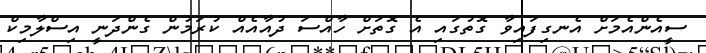
ސީއެންއެމަށް އެނގިފައިވާ ގޮތުގައި އެ ގޮތަށް ހާއްސަ ދުއާއެއް ކުރަމުން ގެންދަނީ އިސްލާމިކް